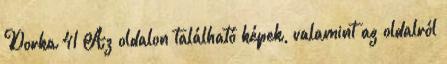
Dorka 41 Az oldalon található képek, valamint az oldalról